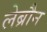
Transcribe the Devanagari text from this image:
लेब्रौन